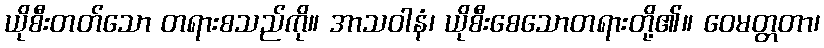
ယိုစီးတတ်သော တရားစသည်ကို။ အာသဝါနံ၊ ယိုစီးစေသောတရားတို့၏။ ဝေမတ္တတာ၊